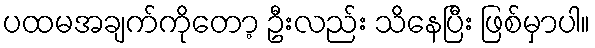
ပထမအချက်ကိုတော့ ဦးလည်း သိနေပြီး ဖြစ်မှာပါ။